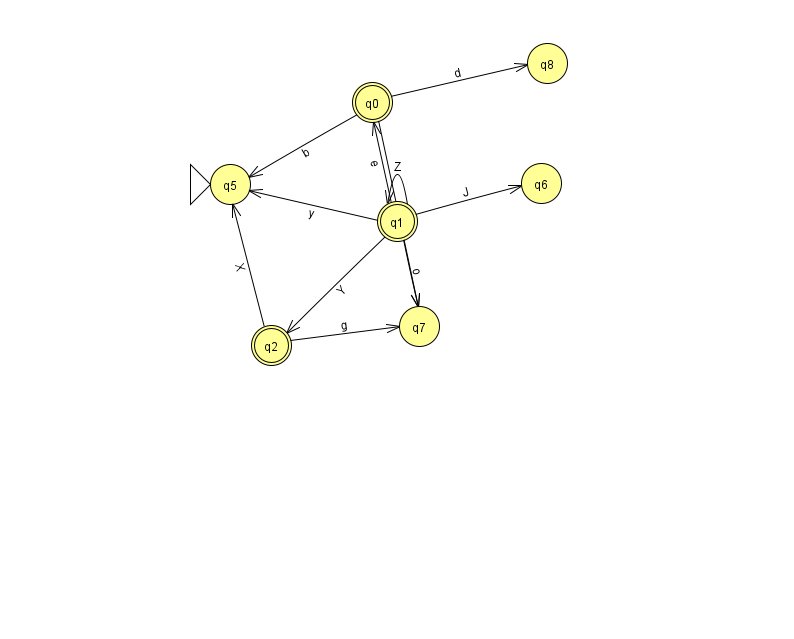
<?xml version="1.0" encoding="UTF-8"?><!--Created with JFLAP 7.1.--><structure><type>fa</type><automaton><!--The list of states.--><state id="0" name="q0"><x>372.0</x><y>89.0</y><final/></state><state id="1" name="q1"><x>397.0</x><y>208.0</y><final/></state><state id="2" name="q2"><x>271.0</x><y>332.0</y><final/></state><state id="5" name="q5"><x>230.0</x><y>171.0</y><initial/></state><state id="6" name="q6"><x>541.0</x><y>170.0</y></state><state id="7" name="q7"><x>419.0</x><y>313.0</y></state><state id="8" name="q8"><x>547.0</x><y>50.0</y></state><!--The list of transitions.--><transition><from>0</from><to>8</to><read>d</read></transition><transition><from>1</from><to>7</to><read>o</read></transition><transition><from>1</from><to>2</to><read>Y</read></transition><transition><from>1</from><to>5</to><read>y</read></transition><transition><from>2</from><to>5</to><read>X</read></transition><transition><from>0</from><to>5</to><read>b</read></transition><transition><from>1</from><to>1</to><read>Z</read></transition><transition><from>1</from><to>6</to><read>J</read></transition><transition><from>2</from><to>7</to><read>g</read></transition><transition><from>0</from><to>7</to><read>m</read></transition><transition><from>1</from><to>0</to><read>e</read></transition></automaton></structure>